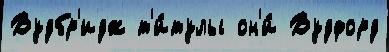
Вудбр'идж т'и́тулы он'и́ Вудфорд